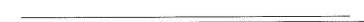
______